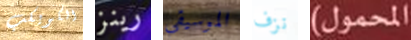
الكويكب رينز الموسيقى نزف المحمول)